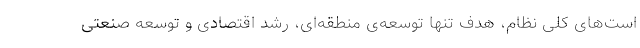
است‌های کلی نظام، هدف تنها توسعه‌ی منطقه‌ای، رشد اقتصادی و توسعه صنعتی